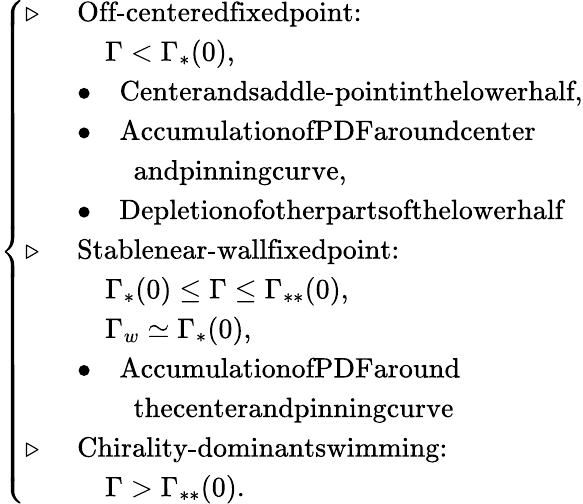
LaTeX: \begin{array}{r}{\left\{ \begin{array}{ll}{\triangleright\, \, }&{\textrm{Off-centeredfixedpoint:}}\\ &{\quad\Gamma<\Gamma_{\ast}(0),}\\ &{\bullet\quad\textrm{Centerandsaddle-pointinthelowerhalf,}}\\ &{\bullet\quad\textrm{AccumulationofPDFaroundcenter}}\\ &{\quad\quad\textrm{andpinningcurve,}}\\ &{\bullet\quad\textrm{Depletionofotherpartsofthelowerhalf}}\\ {\triangleright\, \, }&{\textrm{Stablenear-wallfixedpoint:}}\\ &{\quad\Gamma_{\ast}(0)\leq\Gamma\leq\Gamma_{\ast\ast}(0),}\\ &{\quad\Gamma_{w}\simeq\Gamma_{\ast}(0),}\\ &{\bullet\quad\textrm{AccumulationofPDFaround}}\\ &{\quad\quad\textrm{thecenterandpinningcurve}}\\ {\triangleright\, \, }&{\textrm{Chirality-dominantswimming:}}\\ &{\quad\Gamma>\Gamma_{\ast\ast}(0).}\end{array}\right.}\end{array}